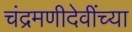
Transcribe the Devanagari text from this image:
चंद्रमणीदेवींच्या